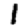
Digit: 1